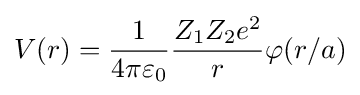
V(r)={1 \over 4\pi \varepsilon _{0}}{Z_{1}Z_{2}e^{2} \over r}\varphi (r/a)